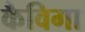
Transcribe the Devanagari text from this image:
कैविगा